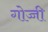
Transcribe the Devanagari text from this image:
गोज्जी